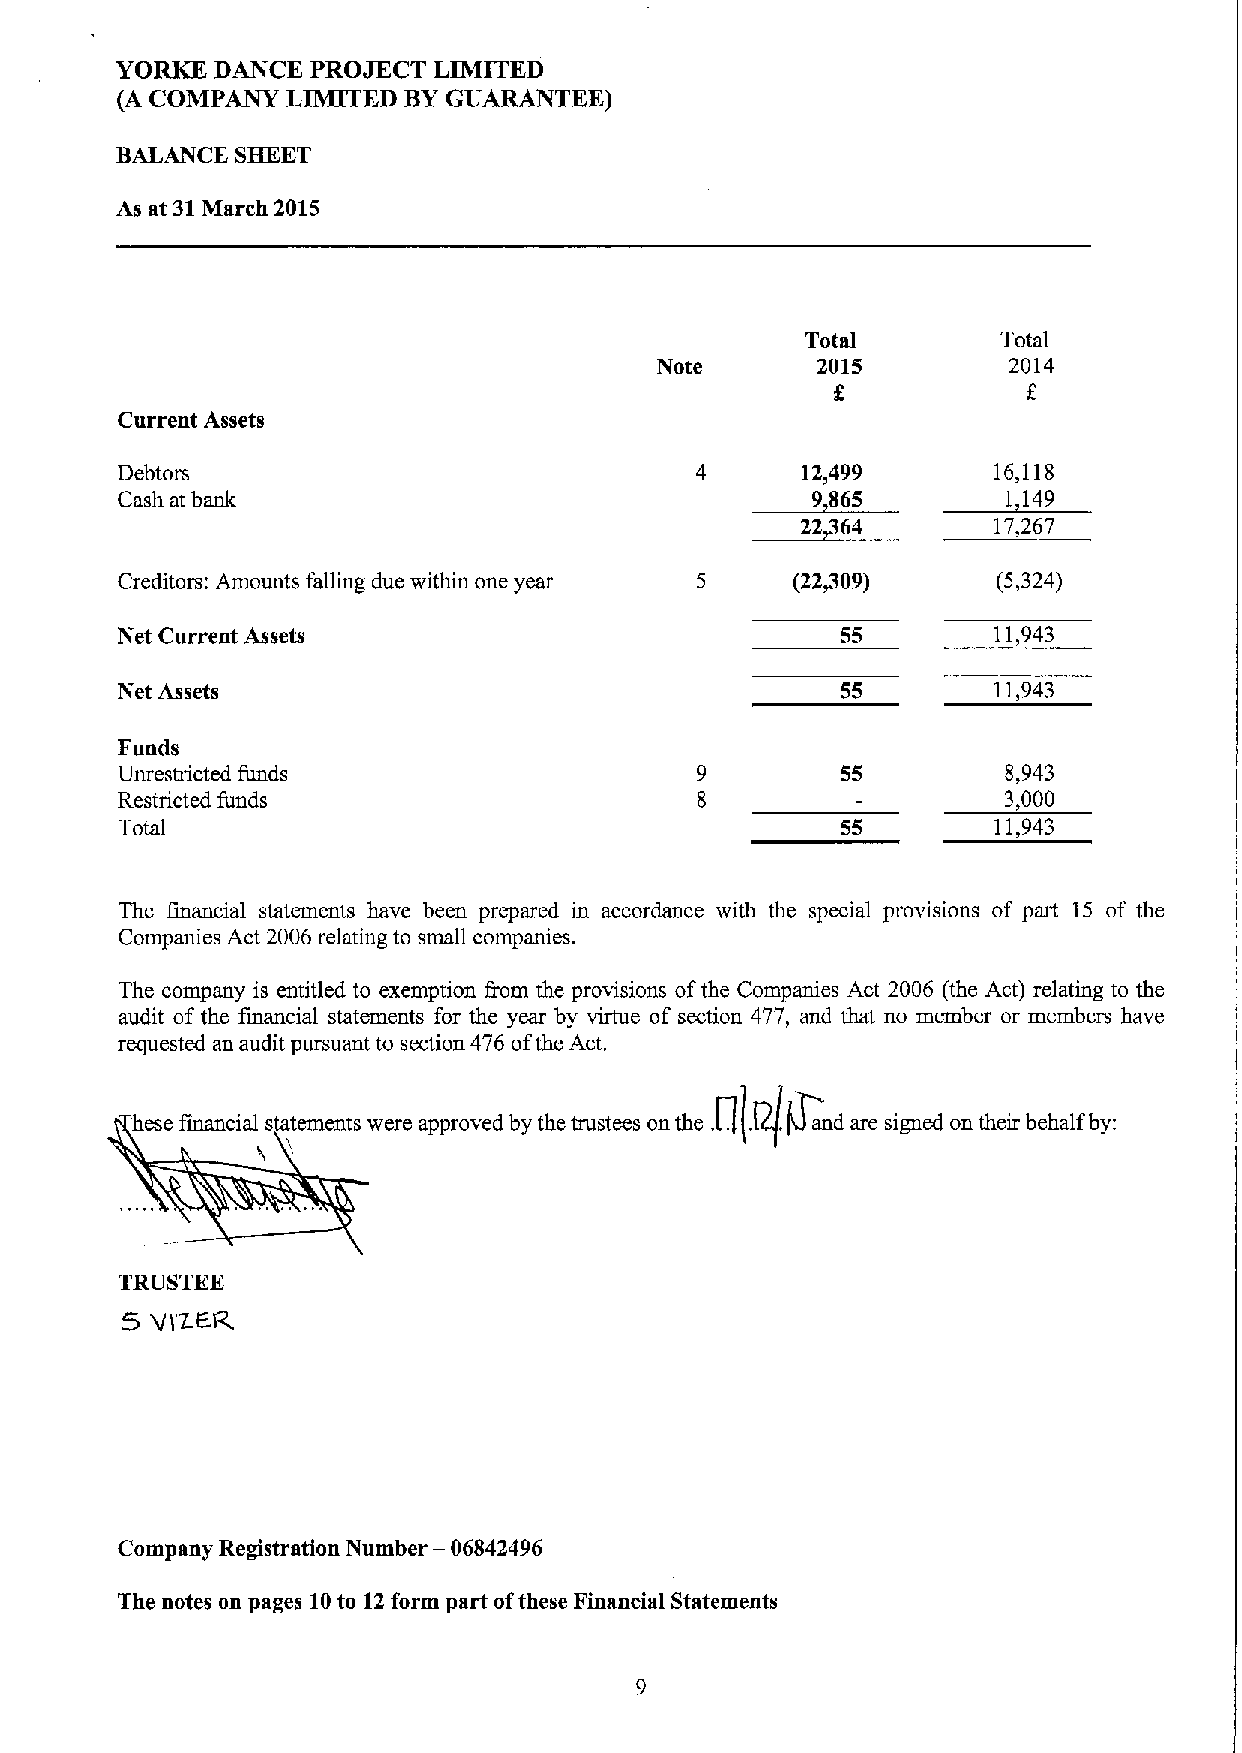
YORKE DANCE  PROJECT LIMITED
 (A COMPANY LIMITED BYGUARANTEE)
 BALANCE SHEET
 As at 31March 2015
 Total        Total
 Note       2015         2014
 f.
 Current Assets
 Debtors                               4      12,499       16,118
 Cash at bank                                  9 565        1 149
 ~22
 64        17,267
 Creditors: Amounts falling due within one year 5 (22809)  (5,324)
 Net Current Assets                              55        11,943
 Net Assets                                      55        11,943
 Funds
 Unrestricted funds                              55         8,943
 Restricted funds                                           3,000
 Total                                           55        11,943
 The financial statements have been prepared in accordance with the special provisions of part 15 of the
 Companies Act 2006relating to small companies.
 The company is entitled to exemption fiom the provisions ofthe Companies Act 2006 (the Act) relating to the
 audit of the financial statements for the year by virtue of section 477, and that no member or members have
 requested an audit pursuant to section 476 ofthe Act.
 f   td tt  t    td   dbftb t t   tl .H~Q(lLd    5 d  tl bblfb\:
 TRUSTEE
 5
 'il)Z.FR.
 —
 Company Registration Number 06842496
 The notes on pages 10to 12form part ofthese Financial Statements